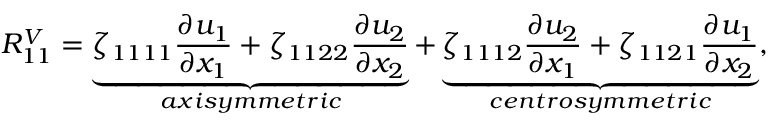
R _ { 1 1 } ^ { V } = \underbrace { \zeta _ { 1 1 1 1 } \frac { \partial u _ { 1 } } { \partial x _ { 1 } } + \zeta _ { 1 1 2 2 } \frac { \partial u _ { 2 } } { \partial x _ { 2 } } } _ { a x i s y m m e t r i c } + \underbrace { \zeta _ { 1 1 1 2 } \frac { \partial u _ { 2 } } { \partial x _ { 1 } } + \zeta _ { 1 1 2 1 } \frac { \partial u _ { 1 } } { \partial x _ { 2 } } } _ { c e n t r o s y m m e t r i c } ,